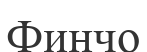
Финчо